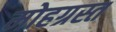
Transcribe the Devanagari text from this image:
मोहग्रस्त